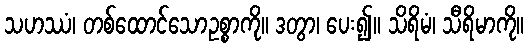
သဟဿံ၊ တစ်ထောင်သောဥစ္စာကို။ ဒတွာ၊ ပေး၍။ သိရိမံ၊ သီရိမာကို။